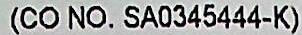
(CO NO. SA0345444-K)